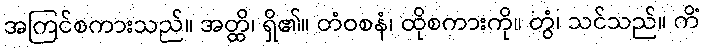
အကြင်စကားသည်။ အတ္ထိ၊ ရှိ၏။ တံဝစနံ၊ ထိုစကားကို။ တွံ၊ သင်သည်။ ကိံ